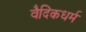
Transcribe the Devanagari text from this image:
वैदिकधर्म